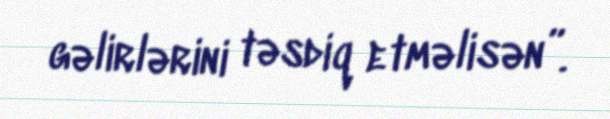
gəlirlərini təsdiq etməlisən”.